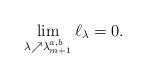
LaTeX: \begin{align*}\lim_{\lambda\nearrow\lambda_{m+1}^{a,b}}\ell_{\lambda}=0.\end{align*}